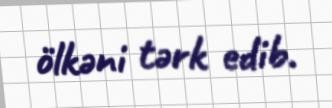
ölkəni tərk edib.